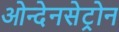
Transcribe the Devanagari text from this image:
ओन्देनसेट्रोन